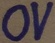
Text: 0V